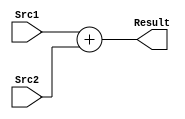
module Adder(
	// outputs
output reg [31:0]Result,
	// inputs
input [31:0]Src1,
input [31:0]Src2
);

always@(*)begin
	Result=Src1+Src2;
end


endmodule